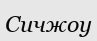
Сичжоу